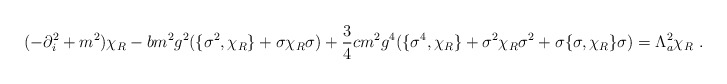
\begin{align*}(-\partial_i^2+m^2)\chi_R-bm^2g^2(\{\sigma^2,\chi_R\}+\sigma\chi_R\sigma)+\frac 34cm^2g^4(\{\sigma^4,\chi_R\}+\sigma^2\chi_R\sigma^2+\sigma\{\sigma,\chi_R\}\sigma)=\Lambda_{a}^2\chi_R\ .\end{align*}